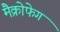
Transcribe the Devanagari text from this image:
मैक्रोफेग